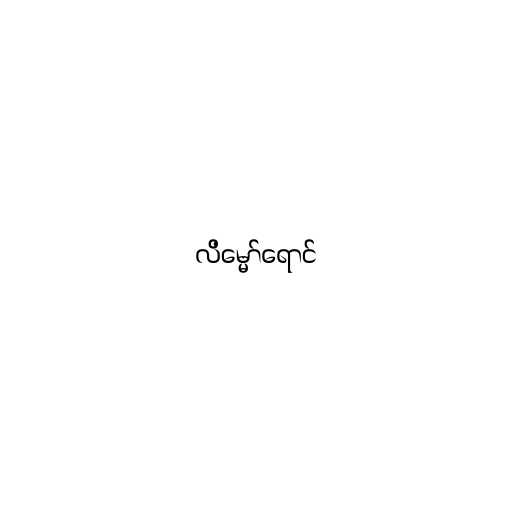
လိမ္မော်ရောင်